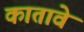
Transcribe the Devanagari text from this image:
कातावे